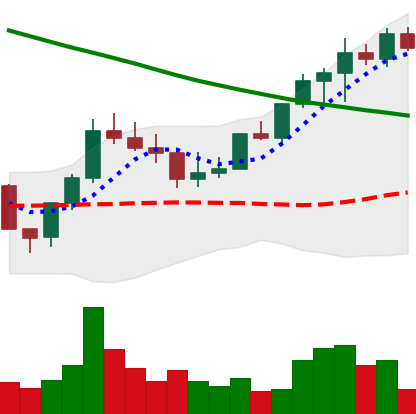
Ticker: LINK-USD
Chart end date: 2022-08-13
Forward return: -15.985%
Label: down_7plus